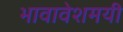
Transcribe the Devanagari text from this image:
भावावेशमयी